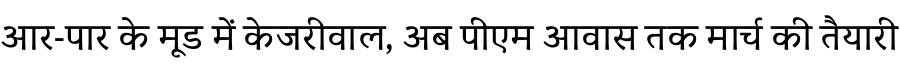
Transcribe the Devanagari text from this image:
आर-पार के मूड में केजरीवाल, अब पीएम आवास तक मार्च की तैयारी